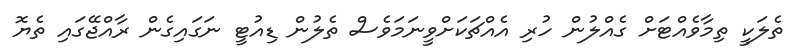
ތެލަކީ ތިމާވެއްޓަށް ގެއްލުން ހުރި އެއްޗަކަށްވީނަމަވެސް ތެލުން ޑިއުޓީ ނަގައިގެން ރާއްޖޭގައި ތެޔޮ